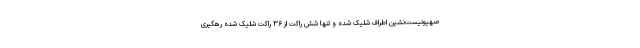
صهیونیست‌نشین اطراف شلیک شده و تنها شش راکت از ۳۶ راکت شلیک شده رهگیری